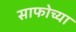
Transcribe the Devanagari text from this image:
साफोच्या